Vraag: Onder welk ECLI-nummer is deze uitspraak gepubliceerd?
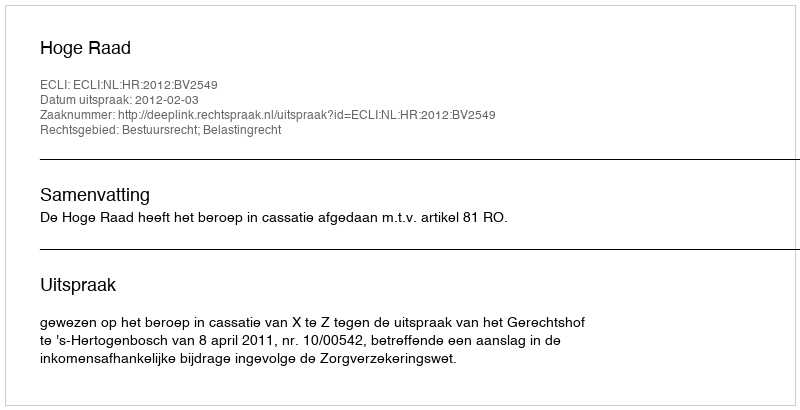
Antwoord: ECLI:NL:HR:2012:BV2549